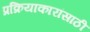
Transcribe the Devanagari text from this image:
प्रक्रियाकारांसाठी